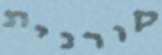
קורנית